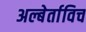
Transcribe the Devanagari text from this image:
अल्बेर्ताविच